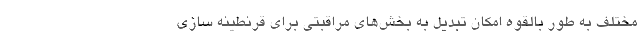
مختلف به طور بالقوه امکان تبدیل به بخش‌های مراقبتی برای قرنطینه سازی